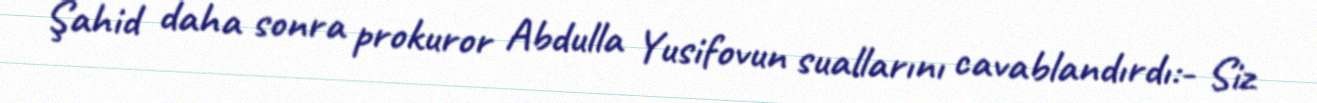
Şahid daha sonra prokuror Abdulla Yusifovun suallarını cavablandırdı:- Siz